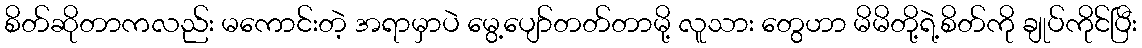
စိတ်ဆိုတာကလည်း မကောင်းတဲ့ အရာမှာပဲ မွေ့ပျော်တတ်တာမို့ လူသား တွေဟာ မိမိတို့ရဲ့စိတ်ကို ချုပ်ကိုင်ပြီး